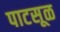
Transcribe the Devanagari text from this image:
पाटसूळ